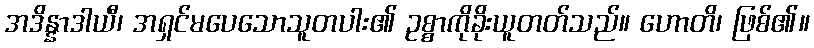
အဒိန္နာဒါယီ၊ အရှင်မပေသောသူတပါး၏ ဥစ္စာကိုခိုးယူတတ်သည်။ ဟောတိ၊ ဖြစ်၏။